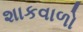
શાકવાળો